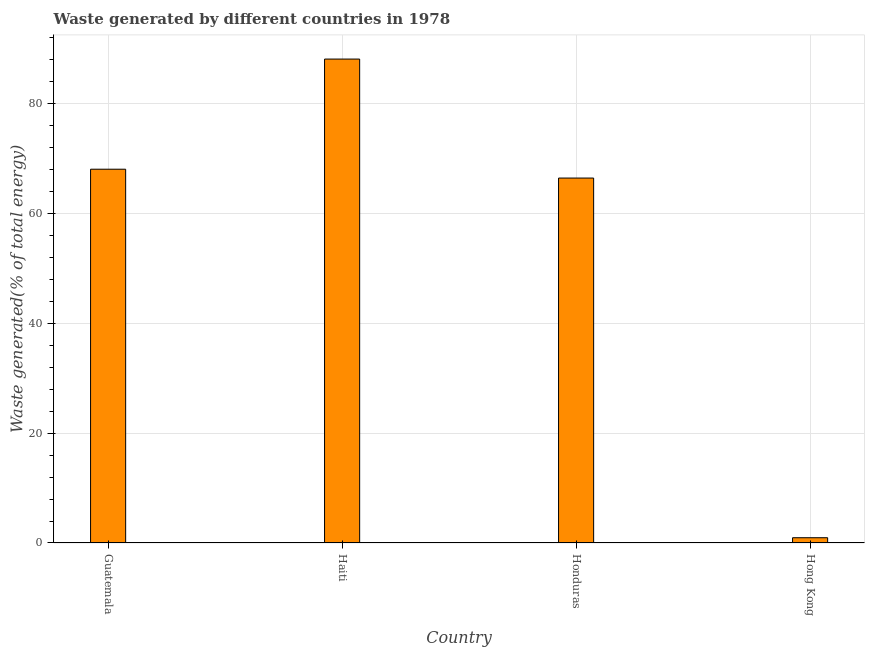
| Country | Combustible renewables and waste (% of total energy) |
 | --- | --- |
 | Guatemala | 68 |
 | Haiti | 88.1 |
 | Honduras | 66.4 |
 | Hong Kong | 0.957 |